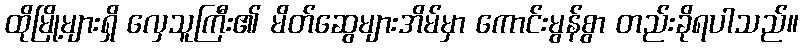
ထိုမြို့များရှိ လှေသူကြီး၏ မိတ်ဆွေများအိမ်မှာ ကောင်းမွန်စွာ တည်းခိုရပါသည်။